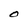
Character: O